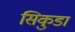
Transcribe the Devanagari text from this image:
सिकुडा